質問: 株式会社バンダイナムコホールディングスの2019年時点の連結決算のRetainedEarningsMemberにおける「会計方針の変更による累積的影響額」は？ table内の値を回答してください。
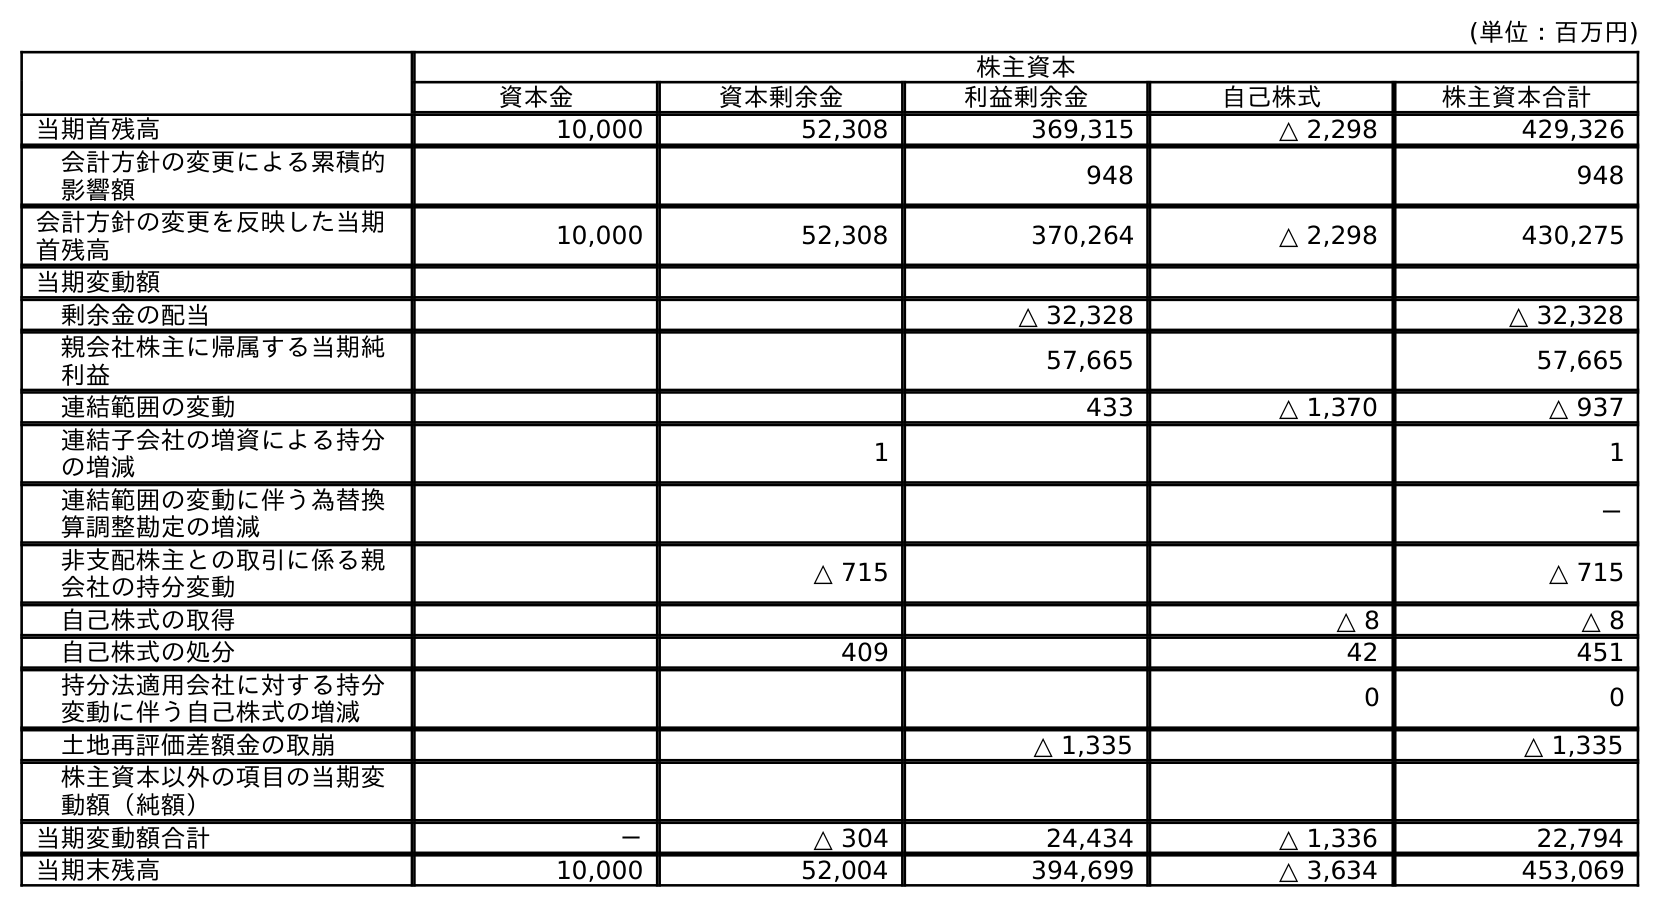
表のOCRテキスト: (単位：百万円) 株主資本 資本金 資本剰余金 利益剰余金 自己株式 株主資本合計 当期首残高 10,000 52,308 369,315 △ 2,298 429,326 会計方針の変更による累積的 影響額 948 948 会計方針の変更を反映した当期 首残高 10,000 52,308 370,264 △ 2,298 430,275 当期変動額 剰余金の配当 △ 32,328 △ 32,328 親会社株主に帰属する当期純 利益 57,665 57,665 連結範囲の変動 433 △ 1,370 △ 937 連結子会社の増資による持分 の増減 1 1 連結範囲の変動に伴う為替換 算調整勘定の増減 － 非支配株主との取引に係る親 会社の持分変動 △ 715 △ 715 自己株式の取得 △ 8 △ 8 自己株式の処分 409 42 451 持分法適用会社に対する持分 変動に伴う自己株式の増減 0 0 土地再評価差額金の取崩 △ 1,335 △ 1,335 株主資本以外の項目の当期変 動額（純額） 当期変動額合計 － △ 304 24,434 △ 1,336 22,794 当期末残高 10,000 52,004 394,699 △ 3,634 453,069
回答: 948